Lock hospitals Punjab
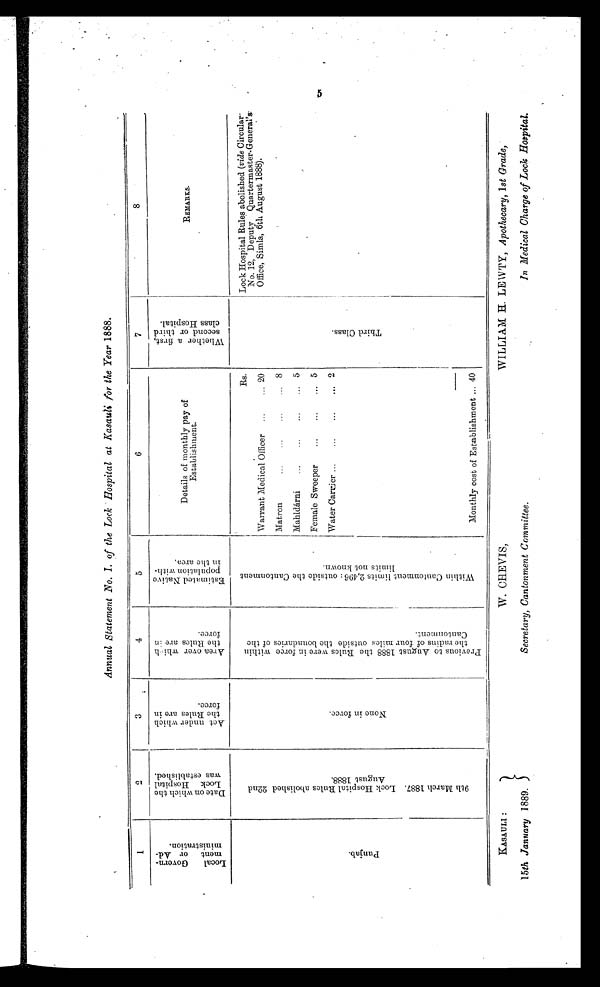
KASAULI :
15th January 1889.
W. CHEVIS,
Secretary, Cantonment Committee.
WILLIAM H. LEWTY, Apothecary, 1st Grade,
In Medical Charge of Lock Hospital.
Annual Statement No. I. of the Lock Hospital at Kasauli for the Year 1888.
1
2
3
4
5
6
7
8
L o c a l G o v e r n - m e n t o f A d - m i n i s t r a t i o n .
D a t e o n w h i c h t h e L o c k H o s p i t a l w a s e s t a b l i s h e d .
A c t u n d e r w h i c h t h e R u l e s a r e i n f o r c e .
A r e a o v e r w h i c h t h e
R u l e s a r e i n f o r c e .
E s t i m a t e d N a t i v e p o p u l a t i o n w i t h - i n t h e a r e a .
Details of monthly pay of
Establishment.
W h e t h e r a f i r s t , s e c o n d o r t h i r d c l a s s H o s p i t a l .
REMARKS.
P u n j a b .
9 t h M a r c h 1 8 8 7 . L o c k H o s p i t a l R u l e s a b o l i s h e d 2 2 n d A u g u s t 1 8 8 8 .
N o n e i n f o r c e .
P r e v i o u s t o A u g u s t 1 8 8 8 t h e R u l e s w e r e i n f o r c e w i t h i n t h e r a d i u s o f f o u r m i l e s o u t s i d e t h e b o u n d a r i e s o f t h e C a n t o n m e n t .
W i t h i n C a n t o n m e n t l i m i t s 2 , 4 9 6 : o u t s i d e t h e C a n t o n m e n t l i m i t s n o t k n o w n .
Rs.
T h i r d C l a s s .
Lock Hospital Rules abolished ( vide Circular -
No. 12, Deputy Quartermaster-General's:
Office, Simla, 6th August 1888).
Warrant Medical Officer ...
... 20
Matron
.. .
...
...
... 8
Mahldárni ...
...
...
... 5
Female Sweeper
...
...
... 5
Water Carrier ...
...
. . .
. . . 2
Monthly cost of Establishment ... 40
5